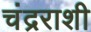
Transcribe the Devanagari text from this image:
चंद्रराशी